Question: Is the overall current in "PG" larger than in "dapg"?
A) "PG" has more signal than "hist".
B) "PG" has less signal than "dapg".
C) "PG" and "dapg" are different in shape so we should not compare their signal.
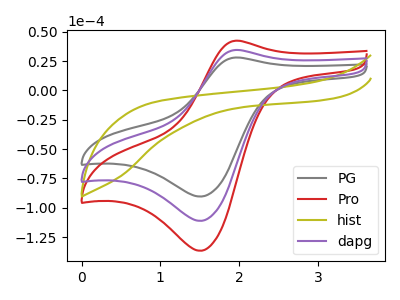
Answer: <think>The gray curve "PG" has an anodic peak at (1.95V, 28.00uA) and a cathodic peak at (1.50V, -90.40uA). The red curve "Pro" has an anodic peak at (1.95V, 68.90uA) and a cathodic peak at (1.50V, -222.20uA). The olive curve "hist" has no peaks. The purple curve "dapg" has an anodic peak at (1.95V, 34.45uA) and a cathodic peak at (1.50V, -111.10uA).
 All the peaks in "PG" have a peak in "dapg" at the same potential. Every peak in "PG" is lower than every peak in "dapg".</think>
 <answer>B) "PG" has less signal than "dapg".</answer>
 <eval>B</eval>